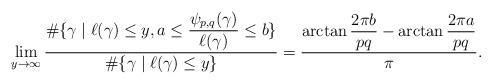
LaTeX: \begin{align*}\lim_{y \to \infty} \frac{\#\{\gamma \mid \ell(\gamma) \leq y, a \leq \dfrac{\psi_{p,q}(\gamma)}{\ell(\gamma)} \leq b\}}{\#\{\gamma \mid \ell(\gamma) \leq y\}} = \frac{\arctan \dfrac{2\pi b}{pq} - \arctan \dfrac{2\pi a}{pq}}{\pi}.\end{align*}